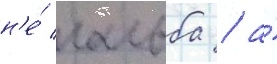
н'е́ гальба / а́